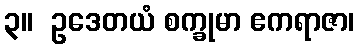
၃။  ဥဒေတယံ စက္ခုမာ ဧကရာဇာ၊